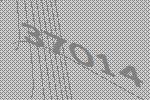
37014